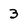
Character: 3